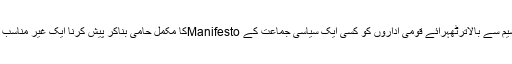
سیاسی تقسیم سے بالاترٹھہرائے قومی اداروں کو کسی ایک سیاسی جماعت کے Manifestoکا مکمل حامی بناکر پیش کرنا ایک غیر مناسب رویہ ہے۔